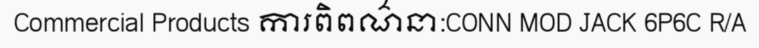
Commercial Products ការពិពណ៌នា:CONN MOD JACK 6P6C R/A